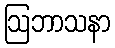
ဩဘာသနာ